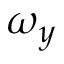
\omega _ { y }